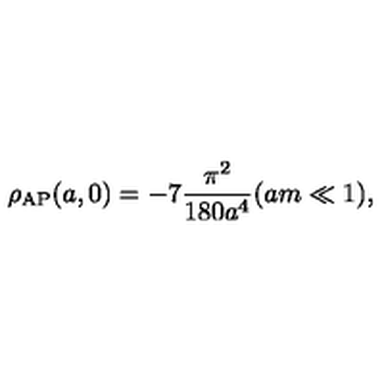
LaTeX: \rho _ { \mathrm { \tiny A P } } ( a , 0 ) = - 7 { \frac { \pi ^ { 2 } } { 1 8 0 a ^ { 4 } } } ( a m \ll 1 ) ,